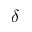
\delta